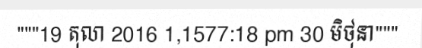
"""19 តុលា 2016 1,1577:18 pm 30 មិថុនា"""